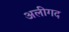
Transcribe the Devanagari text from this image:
अलीगद